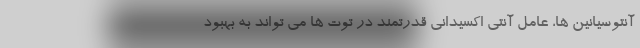
آنتوسیانین ها، عامل آنتی اکسیدانی قدرتمند در توت ها می تواند به بهبود